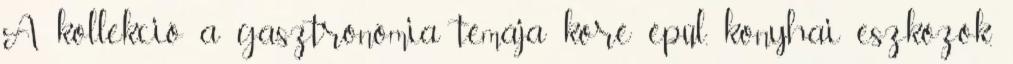
A kollekció a gasztronómia témája köré épül, konyhai eszközök,